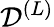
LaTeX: {\cal{D}}^{(L)}